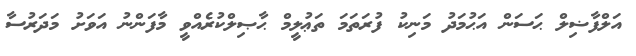
އަލްފާޟިލް ޙަސަން އަޙުމަދު މަނިކު ފުރަތަމަ ތަޢުލީމް ޙާޞިލްކުރެއްވީ މާފަންނު އަވަށު މަދަރުސާ